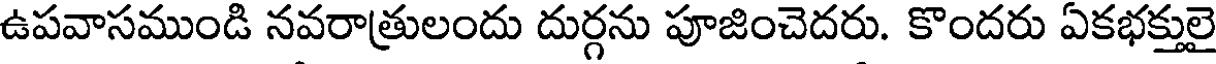
ఉపవాసముండి నవరాత్రులందు దుర్గను పూజించెదరు. కొందరు ఏకభక్తులై